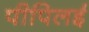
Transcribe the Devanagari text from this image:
पीपिलई